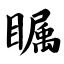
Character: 瞩